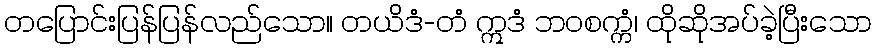
တပြောင်းပြန်ပြန်လည်သော။ တယိဒံ-တံ ဣဒံ ဘဝစက္ကံ၊ ထိုဆိုအပ်ခဲ့ပြီးသော